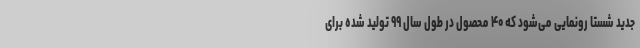
جدید شستا رونمایی می‌شود که ۴۰ محصول در طول سال ۹۹ تولید شده برای